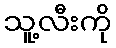
သူ့လီးကို